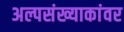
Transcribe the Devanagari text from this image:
अल्पसंख्याकांवर